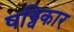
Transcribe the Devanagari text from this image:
षड्विकार